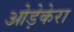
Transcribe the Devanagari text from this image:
ओड़ेकेरा